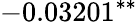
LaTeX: -0.03201^{\ast\ast}